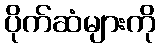
ပိုက်ဆံများကို